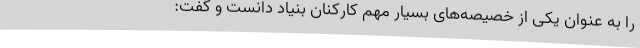
را به عنوان یکی از خصیصه‌های بسیار مهم کارکنان بنیاد دانست و گفت: